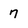
Character: 7